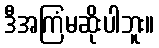
ဒီအကြံမဆိုးပါဘူး။